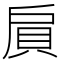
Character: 𲂩